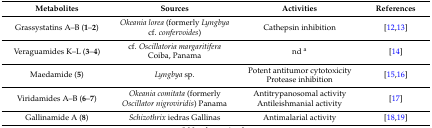
| Metabolites | Sources | Activities | References |
 | --- | --- | --- | --- |
 | Grassystatins A–B (1–2) | Okeania lorea (formerly Lyngbya cf. confervoides) | Cathepsin inhibition | [12,13] |
 | Veraguamides K–L (3–4) | cf. Oscillatoria margaritifera Coiba, Panama | nd a | [14] |
 | Maedamide (5) | Lyngbya sp. | Potent antitumor cytotoxicity Protease inhibition | [15,16] |
 | Viridamides A–B (6–7) | Okeania comitata (formerly Oscillator nigroviridis) Panama | Antitrypanosomal activity Antileishmanial activity | [17] |
 | Gallinamide A (8) | Schizothrix iedras Gallinas | Antimalarial activity | [18,19] |